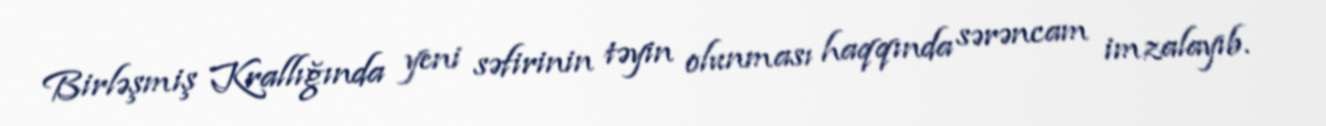
Birləşmiş Krallığında yeni səfirinin təyin olunması haqqında sərəncam imzalayıb.